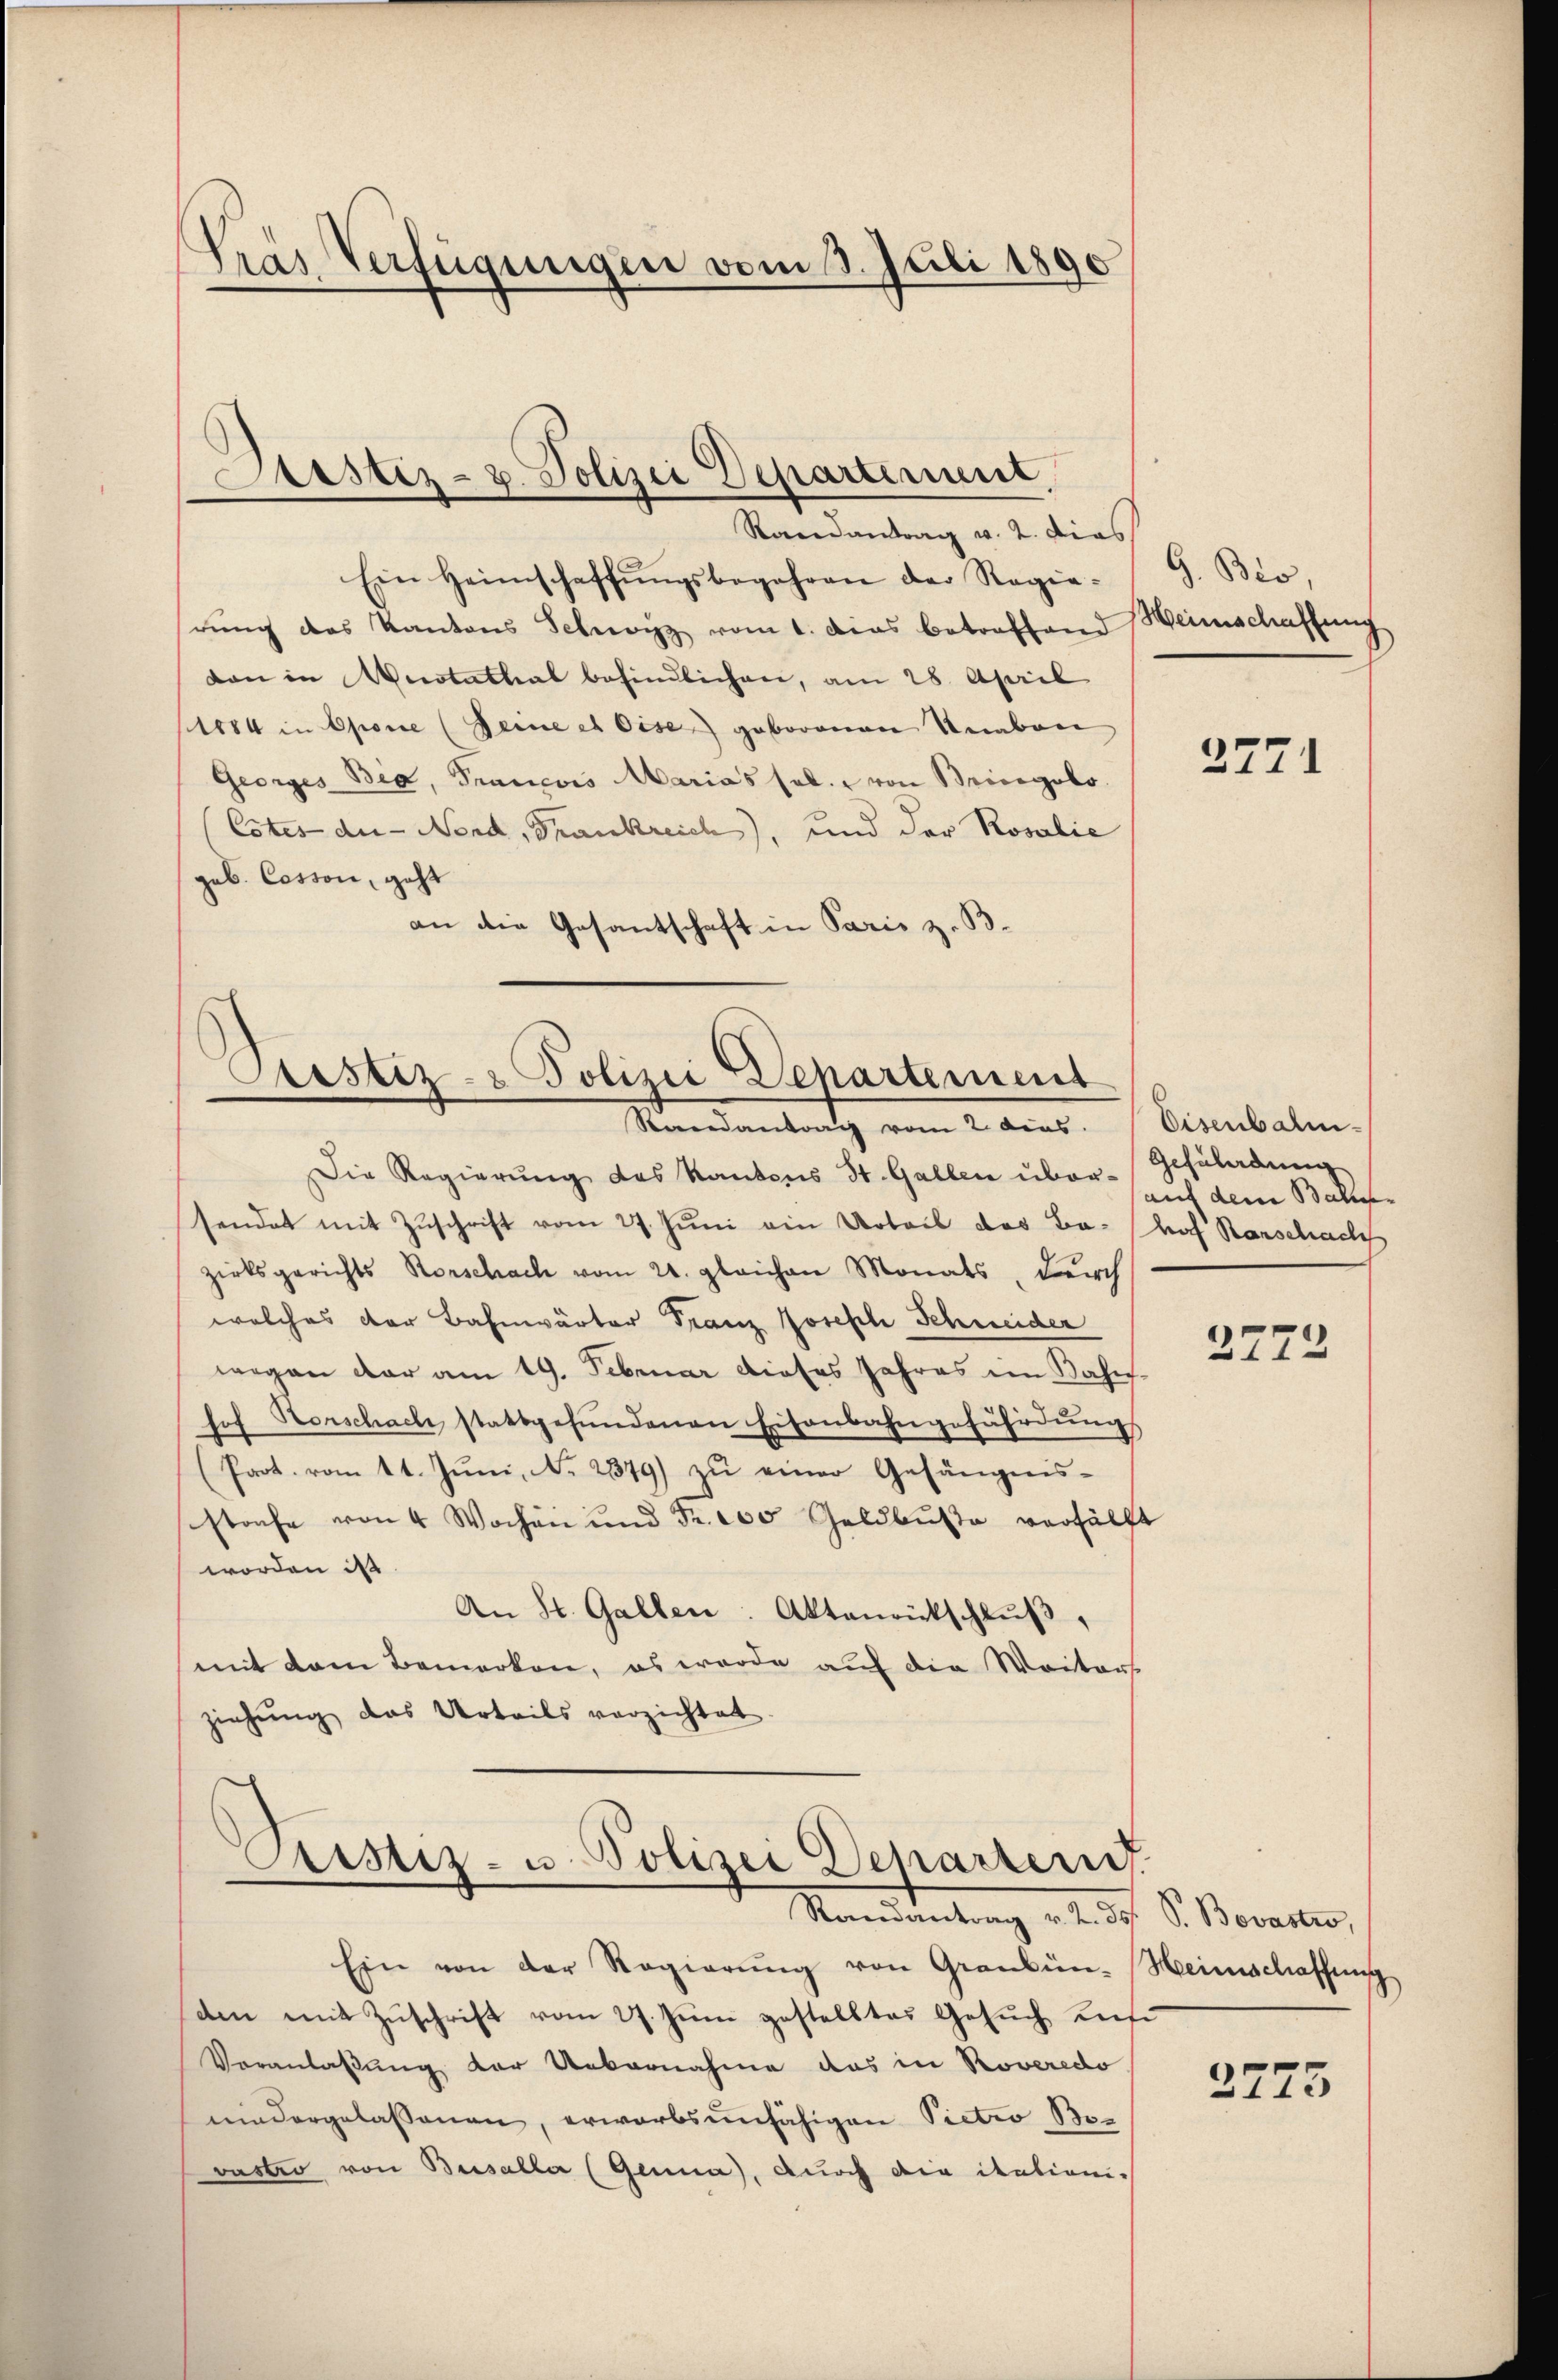
Tras Verfügungen vom 3. Juli 1890

Ein Heimschaffŭngsbegehren der Regie-
rung das Kantons Schwyz vom 1. das betreffend
dan in erstathal befindlichen, am 28. April
1884 in Oponie (Seine et Oise) geborenen Knaben
Georges Bia, Trancois Marias sel. von Bringolo.
(Cstes der - Nend, Frankreich), und der Rosalie
geb. Cosson, geht
an die Gesandtschaft in Paris z. B.

Die Regierung des Kantons St. Gallen über- 5. Baller
sendet mit Zuschrift vom 27. Juni ein Urteil das Ba- Hof Barschach
zirksgerichts Rorschach vom 24. gleichen Monats, durch
welches der Bahnwärter Franz Joseph Schneider
wegen dar am 19. Februar dieses Jahres im Bahn-
hof Horschach stattgefŭndenen Eisenbahngefährdŭngs
(Part. vom 11. Jŭni, N. 2379) zŭ einer Gefängnis-
strafe von 4 Wochen und Fr. 100 Geldbuße verhälft
worden ist
An St. Gallen: Aktenrückschlŭβ,
mit dem Bemerken, es wurde auf die Weiters
ziehung das Urteils verzichtet.

Drustiz- u. Polizei Departement
Randantrag v. 2. Dies

ustiz- & Polizei Departement
Randantrag vom 2. dies

Ein von der Regierŭng von Graubün-Heimschaffung
am mit Zuschrift vom 27. Juni gestelltes Gesuch uns
Veranlaßung der Uebernahme das in Roveredo
niedergelassenen, erwarbsunfähigen Pietro Bo-
vastro von Basaller (Genua, durch die italieni¬

Cristiz- u. Polizei Departen.
Randantrag v. 2. ds. S. Bovastro,

G. Bis,
Heinschaffung

2771

Eisenbahn
Gehulordung

2772

2775

3